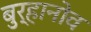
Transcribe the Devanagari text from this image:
बुर्हानोव